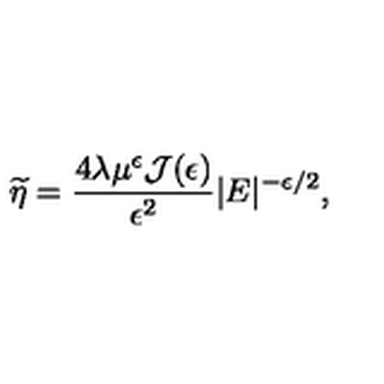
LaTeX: \widetilde { \eta } = \frac { 4 \lambda \mu ^ { \epsilon } { \mathcal J } ( \epsilon ) } { \epsilon ^ { 2 } } | E | ^ { - \epsilon / 2 } ,